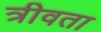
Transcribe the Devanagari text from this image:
त्रीवता